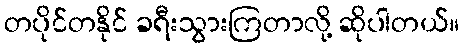
တပိုင်တနိုင် ခရီးသွားကြတာလို့ ဆိုပါတယ်။